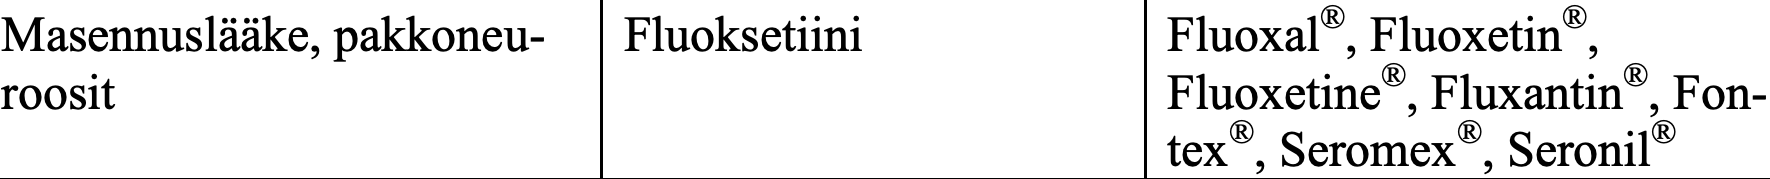
Masennuslääke, pakkoneu- Fluoksetiini Fluoxal®, Fluoxetin®, roosit                                Fluoxetine®, Fluxantin®, Fon- tex®, Seromex®, Seronil®